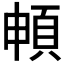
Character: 𲊫